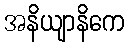
အနိယျာနိကေ